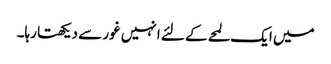
میں ایک لمحے کے لئے انہیں غور سے دیکھتا رہا۔